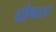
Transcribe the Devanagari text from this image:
बहिष्कारात